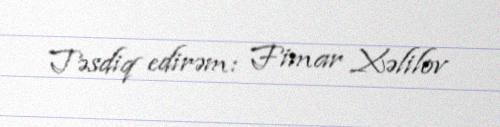
Təsdiq edirəm: Fimar Xəlilov